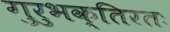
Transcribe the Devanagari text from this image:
गुरुभक्तिरतः